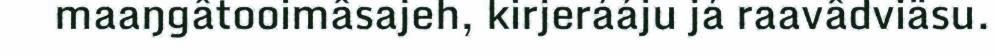
maaŋgâtooimâsajeh, kirjerááju já raavâdviäsu.